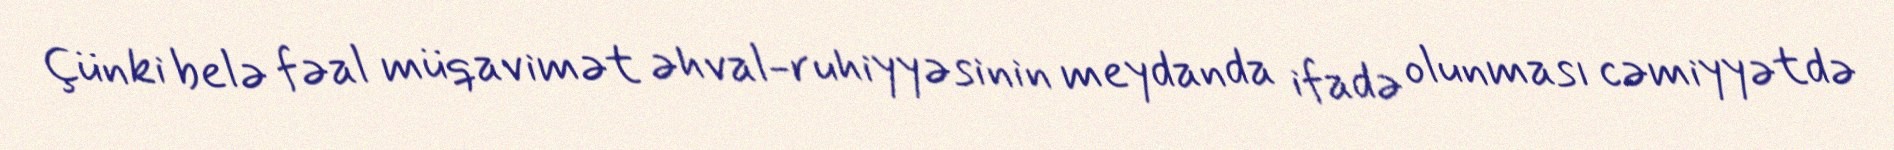
Çünki belə fəal müqavimət əhval-ruhiyyəsinin meydanda ifadə olunması cəmiyyətdə